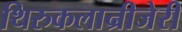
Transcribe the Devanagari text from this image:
थिरुकलान्रीजेरी